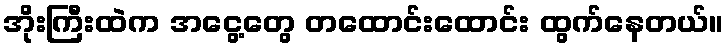
အိုးကြီးထဲက အငွေ့တွေ တထောင်းထောင်း ထွက်နေတယ်။